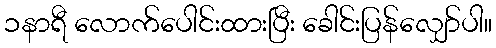
၁နာရီ လောက်ပေါင်းထားပြီး ခေါင်းပြန်လျှော်ပါ။